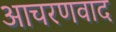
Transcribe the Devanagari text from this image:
आचरणवाद